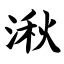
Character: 湫